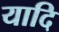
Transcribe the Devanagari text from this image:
यादि